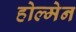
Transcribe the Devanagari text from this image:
होल्मेन